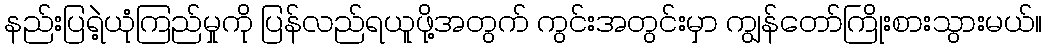
နည်းပြရဲဲ့ယုံကြည်မှုကို ပြန်လည်ရယူဖို့အတွက် ကွင်းအတွင်းမှာ ကျွန်တော်ကြိုးစားသွားမယ်။